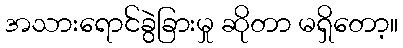
အသားရောင်ခွဲခြားမှု ဆိုတာ မရှိတော့။